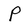
Character: P